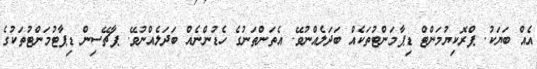
އެއް ބަޔަކު. ޕްރޮކިޔުމަންޓް ޑިޕާމަންޓުތަކެއް ބަދަލެއްނުވޭ. އެތަންތަނުގެ ހެޑުންނެއް ބަދަލެއްނުވޭ. ޕާޗޭސިން ޑިޕާޓުމަންޓުތަކުގެ